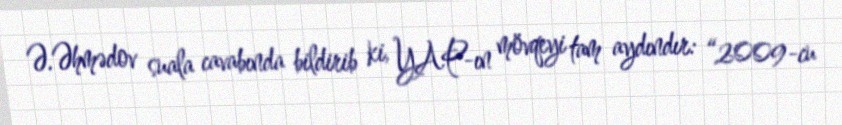
Ə.Əhmədov suala cavabında bildirib ki, YAP-ın mövqeyi tam aydındır: “2009-cu